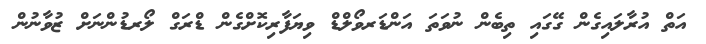
އަތް އުރާލައިގެން ގޭގައި ތިބެން ނުވަތަ އަންޑަރވޯލްޑް ވިޔަފާރިކޮށްގެން ޑްރަގް ލޯރޑުންނަށް ޒުވާނުން